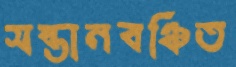
সন্তানবঞ্চিত